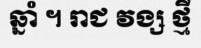
ឆ្នាំ ។ រាជ វង្ស ថ្មី